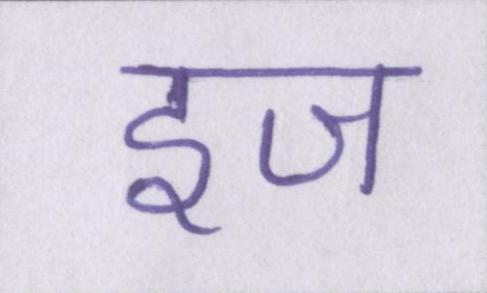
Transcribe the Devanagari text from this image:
इज